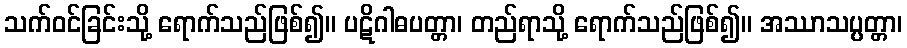
သက်ဝင်ခြင်းသို့ ရောက်သည်ဖြစ်၍။ ပဋိဂါဓပတ္တာ၊ တည်ရာသို့ ရောက်သည်ဖြစ်၍။ အဿာသပ္ပတ္တာ၊